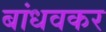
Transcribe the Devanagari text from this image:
बांधवकर